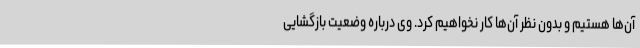
آن‌ها هستیم و بدون نظر آن‌ها کار نخواهیم کرد. وی درباره وضعیت بازگشایی